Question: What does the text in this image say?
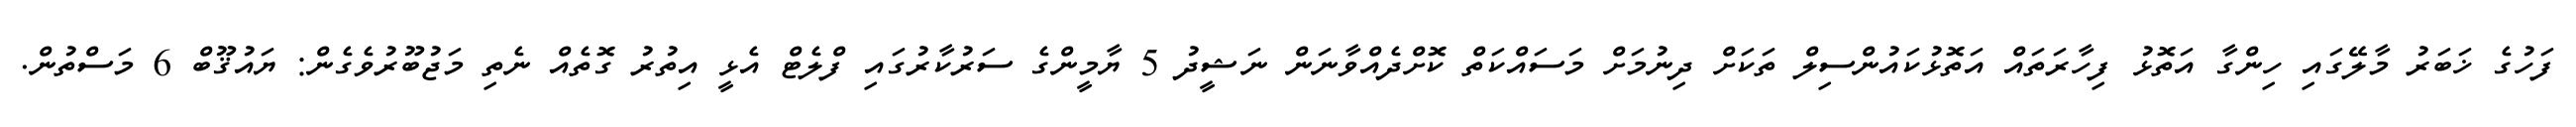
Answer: ފަހުގެ ޚަބަރު މާލޭގައި ހިންގާ އަތޮޅު ފިހާރަތައް އަތޮޅުކައުންސިލް ތަކަށް ދިނުމަށް މަސައްކަތް ކޮށްދެއްވާނަން ނަޝީދު 5 ޔާމީންގެ ސަރުކާރުގައި ފްލެޓް އެޅީ އިތުރު ގޮތެއް ނެތި މަޖުބޫރުވެގެން: ޔައުޤޫބް 6 މަސްތުން.